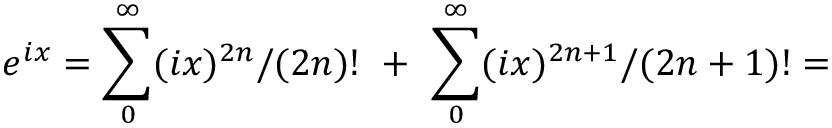
e ^ { i x } = \sum _ { 0 } ^ { \infty } ( i x ) ^ { 2 n } / ( 2 n ) ! \ + \ \sum _ { 0 } ^ { \infty } ( i x ) ^ { 2 n + 1 } / ( 2 n + 1 ) ! =